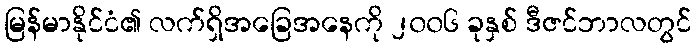
မြန်မာနိုင်ငံ၏ လက်ရှိအခြေအနေကို ၂၀၀၆ ခုနှစ် ဒီဇင်ဘာလတွင်